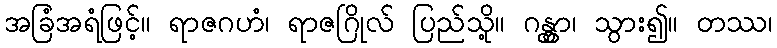
အခြံအရံဖြင့်။ ရာဇဂဟံ၊ ရာဇဂြိုလ် ပြည်သို့။ ဂန္တွာ၊ သွား၍။ တဿ၊